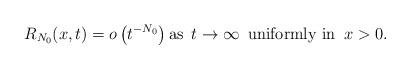
LaTeX: \begin{align*}R_{N_0}(x,t) = o\left(t^{-N_0}\right) \mbox{as } \, t \to \infty \, \mbox{ uniformly in } \, x > 0.\end{align*}